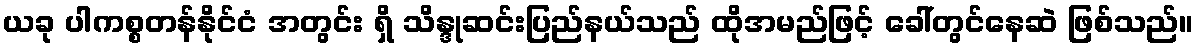
ယခု ပါကစ္စတန်နိုင်ငံ အတွင်း ရှိ သိန္ဒုဆင်းပြည်နယ်သည် ထိုအမည်ဖြင့် ခေါ်တွင်နေဆဲ ဖြစ်သည်။